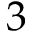
3